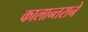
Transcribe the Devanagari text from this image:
कालान्तराने